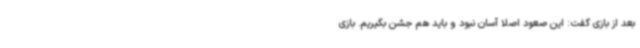
بعد از بازی گفت: این صعود اصلا آسان نبود و باید هم جشن بگیریم. بازی